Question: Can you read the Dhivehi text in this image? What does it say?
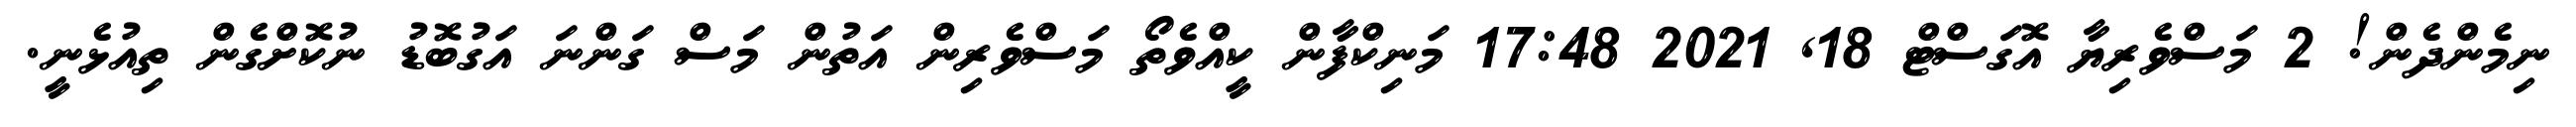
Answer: ނިމެންދެން! 2 މަސްވެރިޔާ އޮގަސްޓް 18, 2021 17:48 މަނިކްފާން ކީއްވެތޯ މަސްވެރިން އަތުން މަސް ގަންނަ އަގުބޮޑު ނުކޮށްގެން ތިއުޅެނީ.